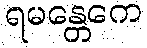
ရမန္တေကေ